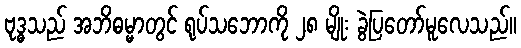
ဗုဒ္ဓသည် အဘိဓမ္မာတွင် ရုပ်သဘောကို ၂၈ မျိုး ခွဲပြတော်မူလေသည်။